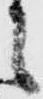
之